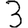
Digit: 3